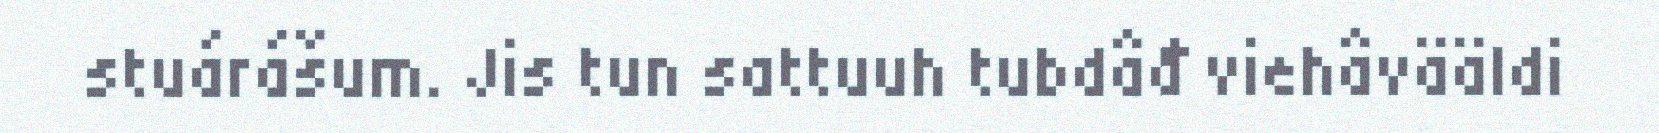
stuárášum. Jis tun sattuuh tubdâđ viehâvääldi